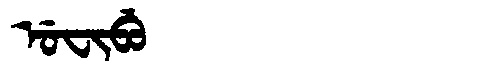
Manchu: ᡠᠸᡳᠪᡠ
Romanization: UFIBU